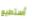
أستطيع